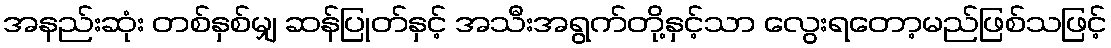
အနည်းဆုံး တစ်နှစ်မျှ ဆန်ပြုတ်နှင့် အသီးအရွက်တို့နှင့်သာ လွေးရတော့မည်ဖြစ်သဖြင့်